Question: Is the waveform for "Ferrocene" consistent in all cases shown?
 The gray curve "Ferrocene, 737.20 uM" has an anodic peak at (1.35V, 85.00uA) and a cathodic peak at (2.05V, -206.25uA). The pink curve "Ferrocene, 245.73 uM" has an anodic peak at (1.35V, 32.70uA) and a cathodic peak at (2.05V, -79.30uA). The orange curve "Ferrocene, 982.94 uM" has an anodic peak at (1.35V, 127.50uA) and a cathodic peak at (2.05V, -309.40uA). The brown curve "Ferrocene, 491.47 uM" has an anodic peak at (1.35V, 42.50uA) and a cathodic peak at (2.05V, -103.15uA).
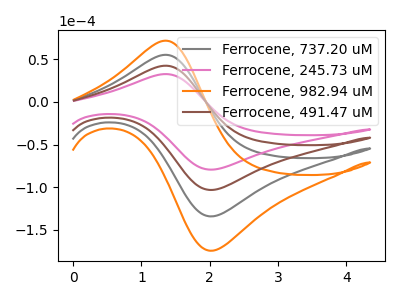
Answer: <think>All the peaks in "Ferrocene, 737.20 uM" have a peak in "Ferrocene, 245.73 uM" at the same potential. Every peak in "Ferrocene, 737.20 uM" is higher than every peak in "Ferrocene, 245.73 uM". All the peaks in "Ferrocene, 737.20 uM" have a peak in "Ferrocene, 982.94 uM" at the same potential. Every peak in "Ferrocene, 737.20 uM" is lower than every peak in "Ferrocene, 982.94 uM". All the peaks in "Ferrocene, 737.20 uM" have a peak in "Ferrocene, 491.47 uM" at the same potential. Every peak in "Ferrocene, 737.20 uM" is higher than every peak in "Ferrocene, 491.47 uM". All the peaks in "Ferrocene, 245.73 uM" have a peak in "Ferrocene, 982.94 uM" at the same potential. Every peak in "Ferrocene, 245.73 uM" is lower than every peak in "Ferrocene, 982.94 uM". All the peaks in "Ferrocene, 245.73 uM" have a peak in "Ferrocene, 491.47 uM" at the same potential. Every peak in "Ferrocene, 245.73 uM" is lower than every peak in "Ferrocene, 491.47 uM". All the peaks in "Ferrocene, 982.94 uM" have a peak in "Ferrocene, 491.47 uM" at the same potential. Every peak in "Ferrocene, 982.94 uM" is higher than every peak in "Ferrocene, 491.47 uM".
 </think>
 <answer>All the CV's of "Ferrocene" have similar shape.</answer>
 <eval>follow_rule</eval>